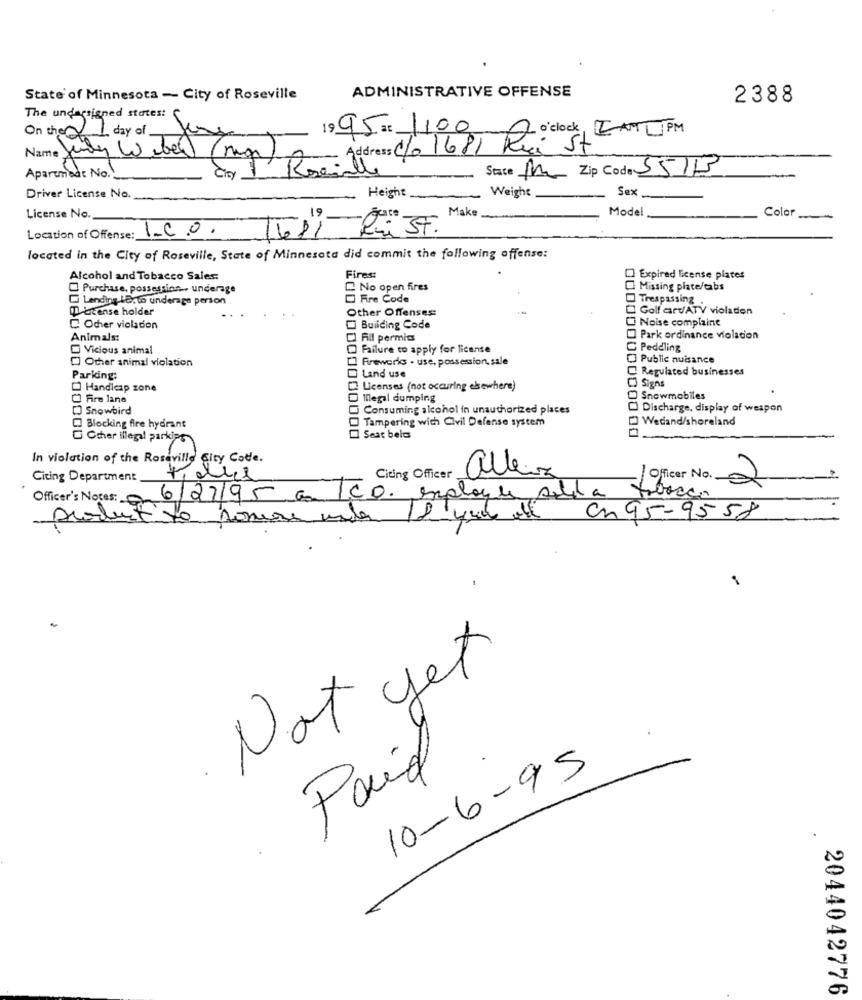
ADMINISTRATIVE OFFENSE
State of Minnesota - City of Roseville
2388
The undersigned states:
On they 1 day of
19 95 al 1100
CO CAMIPM
Address C/0 1681 R O'clock
Aparuned: No.
Cry 1 Roa
State PK Zip Code 5513
Height
Sex
Driver License No.
Weight
Model
License No.
Make
Color
1681 RSt.
Location of Offense: 1-0.0.
located in the City of Roseville, State of Minnesota did commit the following offense:
Alcohol and Tobacco Sales:
Fires:
Expired license plates
Purchase, possession. underage
No open fires
Missing plate/tabs
Lending LEcto underage person
Fire Code
Trespassing
Latense holder
Golf ardATV violation
Other Offenses
Noise complaint
Oder violacion
Building Code
Animals:
Fill permis
Park ordinance violation
Vicious animal
Failure to apply for license
Peddling
[] Other animal violation
Fireworks . use, possession, sale
Public nuisance
Regulated businesses
Parking:
Land use
Handicap zone
2 Licenses (not occuring elsewhere)
Fire lane
Illegal dumping
Snowmobiles
Snowbird
Consuming alcohol in unauthorized places
Discharge, display of weapon
Wedand/shoreland
Blocking fire hydrant
Tampering with Civil Defense system
G Ocher illegal parkips
Seat belt
30000000000000
In violation of the Roseville City Code.
allez
Citing Department
Citing Officer
Oficer No.
2
Officer's Notes:
62795.com
/CD. employee salsa
Cn 95-9558
Not yet
Paid
10-6-95
2044042776